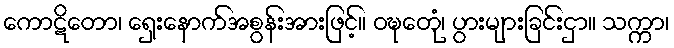
ကောဋိတော၊ ရှေးနောက်အစွန်းအားဖြင့်။ ဝဍ္ဎေတုံ၊ ပွားများခြင်းငှာ။ သက္ကာ၊